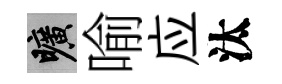
曠喻应汰